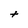
Character: t